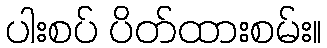
ပါးစပ် ပိတ်ထားစမ်း။